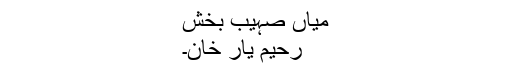
میاں صہیب بخش
رحیم یار خان۔